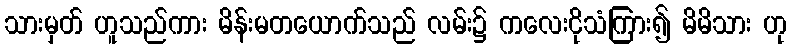
သားမှတ် ဟူသည်ကား မိန်းမတယောက်သည် လမ်း၌ ကလေးငိုသံကြား၍ မိမိသား ဟု